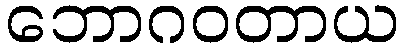
ဘောဂဝတာယ